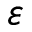
\varepsilon